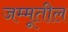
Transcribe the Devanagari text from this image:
जम्मूतील